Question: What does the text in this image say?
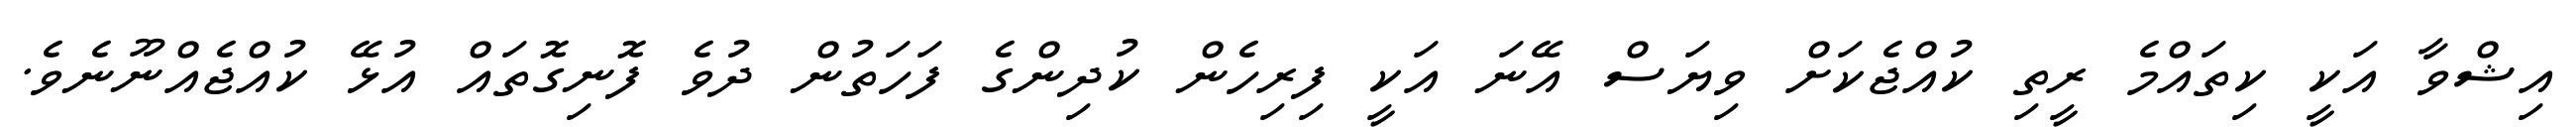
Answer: އިޝްވާ އަކީ ކިތައްމެ ރީތި ކުއްޖެކަށް ވިޔަސް އޭނަ އަކީ ފިރިހެން ކުދިންގެ ފަހަތުން ދުވެ ފޮނިގޮތައް އުޅޭ ކުއްޖެއްނޫނެވެ.